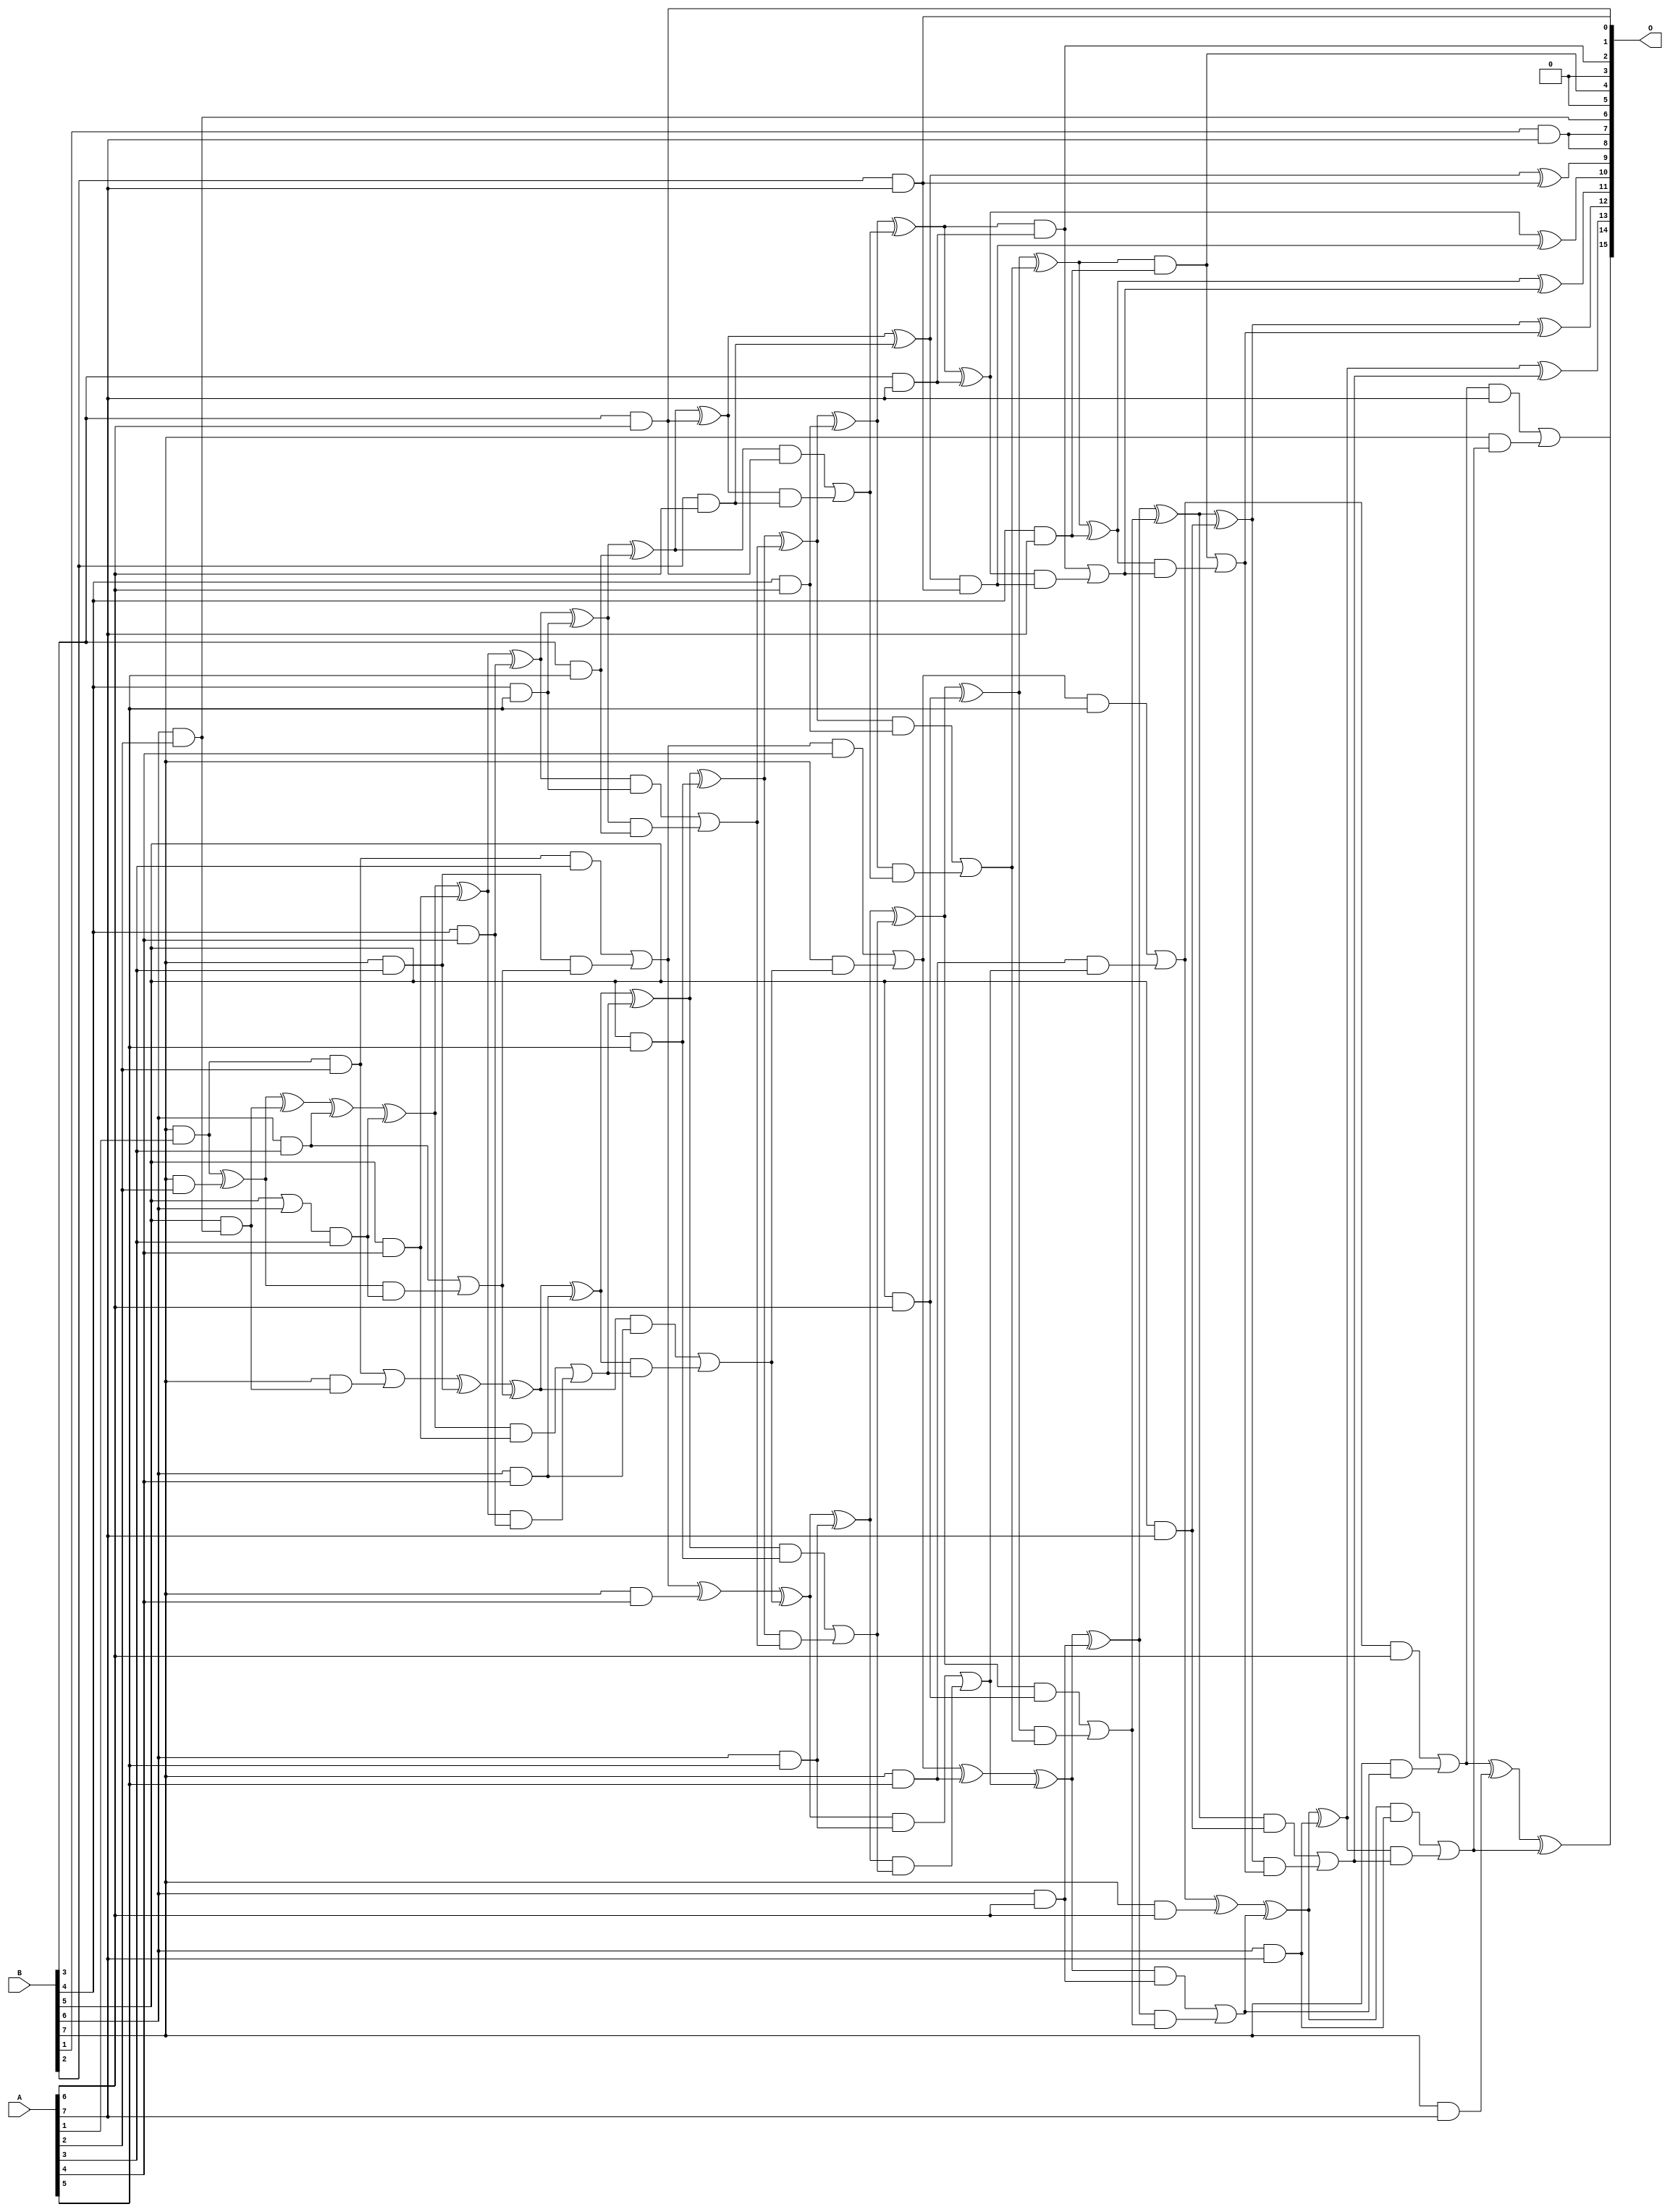
/***
* This code is a part of EvoApproxLib library (ehw.fit.vutbr.cz/approxlib) distributed under The MIT License.
* When used, please cite the following article(s): V. Mrazek, Z. Vasicek, L. Sekanina, H. Jiang and J. Han, "Scalable Construction of Approximate Multipliers With Formally Guaranteed Worst Case Error" in IEEE Transactions on Very Large Scale Integration (VLSI) Systems, vol. 26, no. 11, pp. 2572-2576, Nov. 2018. doi: 10.1109/TVLSI.2018.2856362 
* This file contains a circuit from a sub-set of pareto optimal circuits with respect to the pwr and mae parameters
***/
// MAE% = 0.0000045 %
// MAE = 195 
// WCE% = 0.000021 %
// WCE = 907 
// WCRE% = 100.00 %
// EP% = 98.71 %
// MRE% = 0.0005 %
// MSE = 58920 
// PDK45_PWR = 1.952 mW
// PDK45_AREA = 2800.8 um2
// PDK45_DELAY = 2.79 ns

module mult8_cgp14zr_wc907_rcam (
    A,
    B,
    O
);

input [7:0] A;
input [7:0] B;
output [15:0] O;

wire sig_65,sig_72,sig_73,sig_101,sig_102,sig_106,sig_107,sig_108,sig_109,sig_110,sig_116,sig_117,sig_118,sig_146,sig_148,sig_149,sig_150,sig_151,sig_152,sig_153;
wire sig_154,sig_155,sig_160,sig_161,sig_162,sig_163,sig_186,sig_187,sig_188,sig_189,sig_190,sig_191,sig_192,sig_193,sig_194,sig_195,sig_196,sig_197,sig_198,sig_199;
wire sig_200,sig_203,sig_205,sig_206,sig_207,sig_208,sig_222,sig_226,sig_227,sig_228,sig_229,sig_230,sig_231,sig_232,sig_233,sig_234,sig_235,sig_236,sig_237,sig_238;
wire sig_239,sig_240,sig_241,sig_242,sig_243,sig_244,sig_245,sig_249,sig_250,sig_251,sig_252,sig_253,sig_266,sig_267,sig_268,sig_269,sig_270,sig_271,sig_272,sig_273;
wire sig_274,sig_275,sig_276,sig_277,sig_278,sig_279,sig_280,sig_281,sig_282,sig_283,sig_284,sig_285,sig_286,sig_287,sig_288,sig_289,sig_290,sig_292,sig_293,sig_294;
wire sig_295,sig_296,sig_297,sig_298,sig_306,sig_307,sig_311,sig_312,sig_313,sig_314,sig_315,sig_316,sig_317,sig_318,sig_319,sig_320,sig_321,sig_322,sig_323,sig_324;
wire sig_325,sig_326,sig_327,sig_328,sig_329,sig_330,sig_331,sig_332,sig_333,sig_334,sig_335;

assign sig_65 = B[7] & A[1];
assign sig_72 = B[6] & A[2];
assign sig_73 = B[7] & A[2];
assign sig_101 = B[5] | B[6];
assign sig_102 = B[5] & sig_72;
assign sig_106 = sig_65 ^ sig_73;
assign sig_107 = sig_65 & A[2];
assign sig_108 = B[7] & sig_102;
assign sig_109 = sig_106 ^ sig_102;
assign sig_110 = sig_107 | sig_108;
assign sig_116 = sig_101 & A[3];
assign sig_117 = B[6] & A[3];
assign sig_118 = B[7] & A[3];
assign sig_146 = sig_109 ^ sig_117;
assign sig_148 = sig_106 & sig_116;
assign sig_149 = sig_146 ^ sig_116;
assign sig_150 = sig_117 | sig_148;
assign sig_151 = sig_110 ^ sig_118;
assign sig_152 = sig_107 & A[3];
assign sig_153 = sig_118 & sig_150;
assign sig_154 = sig_151 ^ sig_150;
assign sig_155 = sig_152 | sig_153;
assign sig_160 = B[4] & A[4];
assign sig_161 = B[5] & A[4];
assign sig_162 = B[6] & A[4];
assign sig_163 = B[7] & A[4];
assign sig_186 = sig_149 ^ sig_161;
assign sig_187 = sig_149 & sig_161;
assign sig_188 = sig_186 & sig_160;
assign sig_189 = sig_186 ^ sig_160;
assign sig_190 = sig_187 | sig_188;
assign sig_191 = sig_154 ^ sig_162;
assign sig_192 = sig_154 & sig_162;
assign sig_193 = sig_191 & sig_190;
assign sig_194 = sig_191 ^ sig_190;
assign sig_195 = sig_192 | sig_193;
assign sig_196 = sig_155 ^ sig_163;
assign sig_197 = sig_155 & A[4];
assign sig_198 = B[7] & sig_195;
assign sig_199 = sig_196 ^ sig_195;
assign sig_200 = sig_197 | sig_198;
assign sig_203 = B[2] & A[6];
assign sig_205 = B[4] & A[5];
assign sig_206 = B[5] & A[5];
assign sig_207 = B[6] & A[5];
assign sig_208 = B[7] & A[5];
assign sig_222 = B[3] & A[5];
assign sig_226 = sig_189 ^ sig_205;
assign sig_227 = sig_189 & sig_205;
assign sig_228 = sig_226 & sig_222;
assign sig_229 = sig_226 ^ sig_222;
assign sig_230 = sig_227 | sig_228;
assign sig_231 = sig_194 ^ sig_206;
assign sig_232 = sig_194 & sig_206;
assign sig_233 = sig_231 & sig_230;
assign sig_234 = sig_231 ^ sig_230;
assign sig_235 = sig_232 | sig_233;
assign sig_236 = sig_199 ^ sig_207;
assign sig_237 = sig_199 & sig_207;
assign sig_238 = sig_236 & sig_235;
assign sig_239 = sig_236 ^ sig_235;
assign sig_240 = sig_237 | sig_238;
assign sig_241 = sig_200 ^ sig_208;
assign sig_242 = sig_200 & A[5];
assign sig_243 = sig_208 & sig_240;
assign sig_244 = sig_241 ^ sig_240;
assign sig_245 = sig_242 | sig_243;
assign sig_249 = B[3] & A[6];
assign sig_250 = B[4] & A[6];
assign sig_251 = B[5] & A[6];
assign sig_252 = B[6] & A[6];
assign sig_253 = B[7] & A[6];
assign sig_266 = sig_229 ^ sig_249;
assign sig_267 = sig_229 & sig_249;
assign sig_268 = sig_266 & sig_203;
assign sig_269 = sig_266 ^ sig_203;
assign sig_270 = sig_267 | sig_268;
assign sig_271 = sig_234 ^ sig_250;
assign sig_272 = sig_234 & sig_250;
assign sig_273 = sig_271 & sig_270;
assign sig_274 = sig_271 ^ sig_270;
assign sig_275 = sig_272 | sig_273;
assign sig_276 = sig_239 ^ sig_251;
assign sig_277 = sig_239 & sig_251;
assign sig_278 = sig_276 & sig_275;
assign sig_279 = sig_276 ^ sig_275;
assign sig_280 = sig_277 | sig_278;
assign sig_281 = sig_244 ^ sig_252;
assign sig_282 = sig_244 & sig_252;
assign sig_283 = sig_281 & sig_280;
assign sig_284 = sig_281 ^ sig_280;
assign sig_285 = sig_282 | sig_283;
assign sig_286 = sig_245 ^ sig_253;
assign sig_287 = sig_245 & A[6];
assign sig_288 = B[7] & sig_285;
assign sig_289 = sig_286 ^ sig_285;
assign sig_290 = sig_287 | sig_288;
assign sig_292 = B[1] & A[7];
assign sig_293 = B[2] & A[7];
assign sig_294 = B[3] & A[7];
assign sig_295 = B[4] & A[7];
assign sig_296 = B[5] & A[7];
assign sig_297 = B[6] & A[7];
assign sig_298 = B[7] & A[7];
assign sig_306 = sig_269 ^ sig_293;
assign sig_307 = sig_269 & sig_293;
assign sig_311 = sig_274 ^ sig_294;
assign sig_312 = sig_274 & sig_294;
assign sig_313 = sig_311 & sig_307;
assign sig_314 = sig_311 ^ sig_307;
assign sig_315 = sig_312 | sig_313;
assign sig_316 = sig_279 ^ sig_295;
assign sig_317 = sig_279 & sig_295;
assign sig_318 = sig_316 & sig_315;
assign sig_319 = sig_316 ^ sig_315;
assign sig_320 = sig_317 | sig_318;
assign sig_321 = sig_284 ^ sig_296;
assign sig_322 = sig_284 & sig_296;
assign sig_323 = sig_321 & sig_320;
assign sig_324 = sig_321 ^ sig_320;
assign sig_325 = sig_322 | sig_323;
assign sig_326 = sig_289 ^ sig_297;
assign sig_327 = sig_289 & sig_297;
assign sig_328 = sig_326 & sig_325;
assign sig_329 = sig_326 ^ sig_325;
assign sig_330 = sig_327 | sig_328;
assign sig_331 = sig_290 ^ sig_298;
assign sig_332 = sig_290 & A[7];
assign sig_333 = B[7] & sig_330;
assign sig_334 = sig_331 ^ sig_330;
assign sig_335 = sig_332 | sig_333;

assign O[15] = sig_335;
assign O[14] = sig_334;
assign O[13] = sig_329;
assign O[12] = sig_324;
assign O[11] = sig_319;
assign O[10] = sig_314;
assign O[9] = sig_306;
assign O[8] = sig_292;
assign O[7] = sig_292;
assign O[6] = sig_72;
assign O[5] = 1'b0;
assign O[4] = sig_317;
assign O[3] = 1'b0;
assign O[2] = sig_312;
assign O[1] = sig_293;
assign O[0] = sig_249;

endmodule


module trun8_tam00b ( A, B, O );
  input [7:0] A;
  input [7:0] B;
  output [15:0] O;

  wire C_1_0,C_1_1,C_1_2,C_1_3,C_1_4,C_1_5,C_1_6,C_2_0,C_2_1,C_2_2,C_2_3,C_2_4,C_2_5,C_2_6,C_3_0,C_3_1,C_3_2,C_3_3,C_3_4,C_3_5,C_3_6,C_4_0,C_4_1,C_4_2,C_4_3,C_4_4,C_4_5,C_4_6,C_5_0,C_5_1,C_5_2,C_5_3,C_5_4,C_5_5,C_5_6,C_6_0,C_6_1,C_6_2,C_6_3,C_6_4,C_6_5,C_6_6,C_7_0,C_7_1,C_7_2,C_7_3,C_7_4,C_7_5,C_7_6,S_0_0,S_0_1,S_0_2,S_0_3,S_0_4,S_0_5,S_0_6,S_0_7,S_1_0,S_1_1,S_1_2,S_1_3,S_1_4,S_1_5,S_1_6,S_1_7,S_2_0,S_2_1,S_2_2,S_2_3,S_2_4,S_2_5,S_2_6,S_2_7,S_3_0,S_3_1,S_3_2,S_3_3,S_3_4,S_3_5,S_3_6,S_3_7,S_4_0,S_4_1,S_4_2,S_4_3,S_4_4,S_4_5,S_4_6,S_4_7,S_5_0,S_5_1,S_5_2,S_5_3,S_5_4,S_5_5,S_5_6,S_5_7,S_6_0,S_6_1,S_6_2,S_6_3,S_6_4,S_6_5,S_6_6,S_6_7,S_7_0,S_7_1,S_7_2,S_7_3,S_7_4,S_7_5,S_7_6,S_7_7,S_8_0,S_8_1,S_8_2,S_8_3,S_8_4,S_8_5,S_8_6,S_8_7;

  assign S_0_0 = (A[0] & B[0]);
  assign S_0_1 = (A[0] & B[1]);
  assign S_0_2 = (A[0] & B[2]);
  assign S_0_3 = (A[0] & B[3]);
  assign S_0_4 = (A[0] & B[4]);
  assign S_0_5 = (A[0] & B[5]);
  assign S_0_6 = (A[0] & B[6]);
  assign S_0_7 = (A[0] & B[7]);
  PDKGENHAX1 U13609 (.A(S_0_1), .B((A[1] & B[0])), .YS(S_1_0), .YC(C_1_0));
  PDKGENHAX1 U13610 (.A(S_0_2), .B((A[1] & B[1])), .YS(S_1_1), .YC(C_1_1));
  PDKGENHAX1 U13611 (.A(S_0_3), .B((A[1] & B[2])), .YS(S_1_2), .YC(C_1_2));
  PDKGENHAX1 U13612 (.A(S_0_4), .B((A[1] & B[3])), .YS(S_1_3), .YC(C_1_3));
  PDKGENHAX1 U13613 (.A(S_0_5), .B((A[1] & B[4])), .YS(S_1_4), .YC(C_1_4));
  PDKGENHAX1 U13614 (.A(S_0_6), .B((A[1] & B[5])), .YS(S_1_5), .YC(C_1_5));
  PDKGENHAX1 U13615 (.A(S_0_7), .B((A[1] & B[6])), .YS(S_1_6), .YC(C_1_6));
  assign S_1_7 = (A[1] & B[7]);
  PDKGENFAX1 U13617 (.A(S_1_1), .B(C_1_0), .C((A[2] & B[0])), .YS(S_2_0), .YC(C_2_0));
  PDKGENFAX1 U13618 (.A(S_1_2), .B(C_1_1), .C((A[2] & B[1])), .YS(S_2_1), .YC(C_2_1));
  PDKGENFAX1 U13619 (.A(S_1_3), .B(C_1_2), .C((A[2] & B[2])), .YS(S_2_2), .YC(C_2_2));
  PDKGENFAX1 U13620 (.A(S_1_4), .B(C_1_3), .C((A[2] & B[3])), .YS(S_2_3), .YC(C_2_3));
  PDKGENFAX1 U13621 (.A(S_1_5), .B(C_1_4), .C((A[2] & B[4])), .YS(S_2_4), .YC(C_2_4));
  PDKGENFAX1 U13622 (.A(S_1_6), .B(C_1_5), .C((A[2] & B[5])), .YS(S_2_5), .YC(C_2_5));
  PDKGENFAX1 U13623 (.A(S_1_7), .B(C_1_6), .C((A[2] & B[6])), .YS(S_2_6), .YC(C_2_6));
  assign S_2_7 = (A[2] & B[7]);
  PDKGENFAX1 U13625 (.A(S_2_1), .B(C_2_0), .C((A[3] & B[0])), .YS(S_3_0), .YC(C_3_0));
  PDKGENFAX1 U13626 (.A(S_2_2), .B(C_2_1), .C((A[3] & B[1])), .YS(S_3_1), .YC(C_3_1));
  PDKGENFAX1 U13627 (.A(S_2_3), .B(C_2_2), .C((A[3] & B[2])), .YS(S_3_2), .YC(C_3_2));
  PDKGENFAX1 U13628 (.A(S_2_4), .B(C_2_3), .C((A[3] & B[3])), .YS(S_3_3), .YC(C_3_3));
  PDKGENFAX1 U13629 (.A(S_2_5), .B(C_2_4), .C((A[3] & B[4])), .YS(S_3_4), .YC(C_3_4));
  PDKGENFAX1 U13630 (.A(S_2_6), .B(C_2_5), .C((A[3] & B[5])), .YS(S_3_5), .YC(C_3_5));
  PDKGENFAX1 U13631 (.A(S_2_7), .B(C_2_6), .C((A[3] & B[6])), .YS(S_3_6), .YC(C_3_6));
  assign S_3_7 = (A[3] & B[7]);
  PDKGENFAX1 U13633 (.A(S_3_1), .B(C_3_0), .C((A[4] & B[0])), .YS(S_4_0), .YC(C_4_0));
  PDKGENFAX1 U13634 (.A(S_3_2), .B(C_3_1), .C((A[4] & B[1])), .YS(S_4_1), .YC(C_4_1));
  PDKGENFAX1 U13635 (.A(S_3_3), .B(C_3_2), .C((A[4] & B[2])), .YS(S_4_2), .YC(C_4_2));
  PDKGENFAX1 U13636 (.A(S_3_4), .B(C_3_3), .C((A[4] & B[3])), .YS(S_4_3), .YC(C_4_3));
  PDKGENFAX1 U13637 (.A(S_3_5), .B(C_3_4), .C((A[4] & B[4])), .YS(S_4_4), .YC(C_4_4));
  PDKGENFAX1 U13638 (.A(S_3_6), .B(C_3_5), .C((A[4] & B[5])), .YS(S_4_5), .YC(C_4_5));
  PDKGENFAX1 U13639 (.A(S_3_7), .B(C_3_6), .C((A[4] & B[6])), .YS(S_4_6), .YC(C_4_6));
  assign S_4_7 = (A[4] & B[7]);
  PDKGENFAX1 U13641 (.A(S_4_1), .B(C_4_0), .C((A[5] & B[0])), .YS(S_5_0), .YC(C_5_0));
  PDKGENFAX1 U13642 (.A(S_4_2), .B(C_4_1), .C((A[5] & B[1])), .YS(S_5_1), .YC(C_5_1));
  PDKGENFAX1 U13643 (.A(S_4_3), .B(C_4_2), .C((A[5] & B[2])), .YS(S_5_2), .YC(C_5_2));
  PDKGENFAX1 U13644 (.A(S_4_4), .B(C_4_3), .C((A[5] & B[3])), .YS(S_5_3), .YC(C_5_3));
  PDKGENFAX1 U13645 (.A(S_4_5), .B(C_4_4), .C((A[5] & B[4])), .YS(S_5_4), .YC(C_5_4));
  PDKGENFAX1 U13646 (.A(S_4_6), .B(C_4_5), .C((A[5] & B[5])), .YS(S_5_5), .YC(C_5_5));
  PDKGENFAX1 U13647 (.A(S_4_7), .B(C_4_6), .C((A[5] & B[6])), .YS(S_5_6), .YC(C_5_6));
  assign S_5_7 = (A[5] & B[7]);
  PDKGENFAX1 U13649 (.A(S_5_1), .B(C_5_0), .C((A[6] & B[0])), .YS(S_6_0), .YC(C_6_0));
  PDKGENFAX1 U13650 (.A(S_5_2), .B(C_5_1), .C((A[6] & B[1])), .YS(S_6_1), .YC(C_6_1));
  PDKGENFAX1 U13651 (.A(S_5_3), .B(C_5_2), .C((A[6] & B[2])), .YS(S_6_2), .YC(C_6_2));
  PDKGENFAX1 U13652 (.A(S_5_4), .B(C_5_3), .C((A[6] & B[3])), .YS(S_6_3), .YC(C_6_3));
  PDKGENFAX1 U13653 (.A(S_5_5), .B(C_5_4), .C((A[6] & B[4])), .YS(S_6_4), .YC(C_6_4));
  PDKGENFAX1 U13654 (.A(S_5_6), .B(C_5_5), .C((A[6] & B[5])), .YS(S_6_5), .YC(C_6_5));
  PDKGENFAX1 U13655 (.A(S_5_7), .B(C_5_6), .C((A[6] & B[6])), .YS(S_6_6), .YC(C_6_6));
  assign S_6_7 = (A[6] & B[7]);
  PDKGENFAX1 U13657 (.A(S_6_1), .B(C_6_0), .C((A[7] & B[0])), .YS(S_7_0), .YC(C_7_0));
  PDKGENFAX1 U13658 (.A(S_6_2), .B(C_6_1), .C((A[7] & B[1])), .YS(S_7_1), .YC(C_7_1));
  PDKGENFAX1 U13659 (.A(S_6_3), .B(C_6_2), .C((A[7] & B[2])), .YS(S_7_2), .YC(C_7_2));
  PDKGENFAX1 U13660 (.A(S_6_4), .B(C_6_3), .C((A[7] & B[3])), .YS(S_7_3), .YC(C_7_3));
  PDKGENFAX1 U13661 (.A(S_6_5), .B(C_6_4), .C((A[7] & B[4])), .YS(S_7_4), .YC(C_7_4));
  PDKGENFAX1 U13662 (.A(S_6_6), .B(C_6_5), .C((A[7] & B[5])), .YS(S_7_5), .YC(C_7_5));
  PDKGENFAX1 U13663 (.A(S_6_7), .B(C_6_6), .C((A[7] & B[6])), .YS(S_7_6), .YC(C_7_6));
  assign S_7_7 = (A[7] & B[7]);
  assign {S_8_7, S_8_6, S_8_5, S_8_4, S_8_3, S_8_2, S_8_1, S_8_0} = {C_7_6, C_7_5, C_7_4, C_7_3, C_7_2, C_7_1, C_7_0} + {S_7_7, S_7_6, S_7_5, S_7_4, S_7_3, S_7_2, S_7_1};
  assign O = {S_8_7,S_8_6,S_8_5,S_8_4,S_8_3,S_8_2,S_8_1,S_8_0,S_7_0,S_6_0,S_5_0,S_4_0,S_3_0,S_2_0,S_1_0,S_0_0};

endmodule


module mul8_364(A, B, O);
  input [7:0] A;
  input [7:0] B;
  output [15:0] O;
  wire [2031:0] N;

  assign N[0] = A[0];
  assign N[1] = A[0];
  assign N[2] = A[1];
  assign N[3] = A[1];
  assign N[4] = A[2];
  assign N[5] = A[2];
  assign N[6] = A[3];
  assign N[7] = A[3];
  assign N[8] = A[4];
  assign N[9] = A[4];
  assign N[10] = A[5];
  assign N[11] = A[5];
  assign N[12] = A[6];
  assign N[13] = A[6];
  assign N[14] = A[7];
  assign N[15] = A[7];
  assign N[16] = B[0];
  assign N[17] = B[0];
  assign N[18] = B[1];
  assign N[19] = B[1];
  assign N[20] = B[2];
  assign N[21] = B[2];
  assign N[22] = B[3];
  assign N[23] = B[3];
  assign N[24] = B[4];
  assign N[25] = B[4];
  assign N[26] = B[5];
  assign N[27] = B[5];
  assign N[28] = B[6];
  assign N[29] = B[6];
  assign N[30] = B[7];
  assign N[31] = B[7];

  PDKGENAND2X1 n32(.A(N[0]), .B(N[16]), .Y(N[32]));
  PDKGENAND2X1 n48(.A(N[2]), .B(N[16]), .Y(N[48]));
  PDKGENAND2X1 n64(.A(N[4]), .B(N[16]), .Y(N[64]));
  PDKGENAND2X1 n82(.A(N[6]), .B(N[16]), .Y(N[82]));
  PDKGENAND2X1 n98(.A(N[8]), .B(N[16]), .Y(N[98]));
  PDKGENAND2X1 n114(.A(N[10]), .B(N[16]), .Y(N[114]));
  PDKGENAND2X1 n132(.A(N[12]), .B(N[16]), .Y(N[132]));
  PDKGENAND2X1 n148(.A(N[14]), .B(N[16]), .Y(N[148]));
  assign N[149] = N[148];
  PDKGENAND2X1 n164(.A(N[0]), .B(N[18]), .Y(N[164]));
  PDKGENBUFX2 n166(.A(N[149]), .Y(N[166]));
  assign N[167] = N[166];
  PDKGENAND2X1 n182(.A(N[2]), .B(N[18]), .Y(N[182]));
  PDKGENAND2X1 n198(.A(N[4]), .B(N[18]), .Y(N[198]));
  PDKGENAND2X1 n214(.A(N[6]), .B(N[18]), .Y(N[214]));
  PDKGENAND2X1 n232(.A(N[8]), .B(N[18]), .Y(N[232]));
  PDKGENAND2X1 n248(.A(N[10]), .B(N[18]), .Y(N[248]));
  PDKGENAND2X1 n264(.A(N[12]), .B(N[18]), .Y(N[264]));
  PDKGENAND2X1 n282(.A(N[14]), .B(N[18]), .Y(N[282]));
  PDKGENHAX1 n298(.A(N[48]), .B(N[164]), .YS(N[298]), .YC(N[299]));
  PDKGENHAX1 n314(.A(N[64]), .B(N[182]), .YS(N[314]), .YC(N[315]));
  PDKGENHAX1 n332(.A(N[82]), .B(N[198]), .YS(N[332]), .YC(N[333]));
  PDKGENHAX1 n348(.A(N[98]), .B(N[214]), .YS(N[348]), .YC(N[349]));
  PDKGENHAX1 n364(.A(N[114]), .B(N[232]), .YS(N[364]), .YC(N[365]));
  PDKGENHAX1 n382(.A(N[132]), .B(N[248]), .YS(N[382]), .YC(N[383]));
  PDKGENHAX1 n398(.A(N[167]), .B(N[264]), .YS(N[398]), .YC(N[399]));
  PDKGENAND2X1 n414(.A(N[0]), .B(N[20]), .Y(N[414]));
  PDKGENAND2X1 n432(.A(N[2]), .B(N[20]), .Y(N[432]));
  PDKGENAND2X1 n448(.A(N[4]), .B(N[20]), .Y(N[448]));
  PDKGENAND2X1 n464(.A(N[6]), .B(N[20]), .Y(N[464]));
  PDKGENAND2X1 n482(.A(N[8]), .B(N[20]), .Y(N[482]));
  PDKGENAND2X1 n498(.A(N[10]), .B(N[20]), .Y(N[498]));
  PDKGENAND2X1 n514(.A(N[12]), .B(N[20]), .Y(N[514]));
  PDKGENAND2X1 n532(.A(N[14]), .B(N[20]), .Y(N[532]));
  PDKGENFAX1 n548(.A(N[314]), .B(N[414]), .C(N[299]), .YS(N[548]), .YC(N[549]));
  PDKGENFAX1 n564(.A(N[332]), .B(N[432]), .C(N[315]), .YS(N[564]), .YC(N[565]));
  PDKGENFAX1 n582(.A(N[348]), .B(N[448]), .C(N[333]), .YS(N[582]), .YC(N[583]));
  PDKGENFAX1 n598(.A(N[364]), .B(N[464]), .C(N[349]), .YS(N[598]), .YC(N[599]));
  PDKGENFAX1 n614(.A(N[382]), .B(N[482]), .C(N[365]), .YS(N[614]), .YC(N[615]));
  PDKGENFAX1 n632(.A(N[398]), .B(N[498]), .C(N[383]), .YS(N[632]), .YC(N[633]));
  PDKGENFAX1 n648(.A(N[282]), .B(N[514]), .C(N[399]), .YS(N[648]), .YC(N[649]));
  PDKGENAND2X1 n664(.A(N[0]), .B(N[22]), .Y(N[664]));
  PDKGENAND2X1 n682(.A(N[2]), .B(N[22]), .Y(N[682]));
  PDKGENAND2X1 n698(.A(N[4]), .B(N[22]), .Y(N[698]));
  PDKGENAND2X1 n714(.A(N[6]), .B(N[22]), .Y(N[714]));
  PDKGENAND2X1 n732(.A(N[8]), .B(N[22]), .Y(N[732]));
  PDKGENAND2X1 n748(.A(N[10]), .B(N[22]), .Y(N[748]));
  PDKGENAND2X1 n764(.A(N[12]), .B(N[22]), .Y(N[764]));
  PDKGENAND2X1 n782(.A(N[14]), .B(N[22]), .Y(N[782]));
  PDKGENFAX1 n798(.A(N[564]), .B(N[664]), .C(N[549]), .YS(N[798]), .YC(N[799]));
  PDKGENFAX1 n814(.A(N[582]), .B(N[682]), .C(N[565]), .YS(N[814]), .YC(N[815]));
  PDKGENFAX1 n832(.A(N[598]), .B(N[698]), .C(N[583]), .YS(N[832]), .YC(N[833]));
  PDKGENFAX1 n848(.A(N[614]), .B(N[714]), .C(N[599]), .YS(N[848]), .YC(N[849]));
  PDKGENFAX1 n864(.A(N[632]), .B(N[732]), .C(N[615]), .YS(N[864]), .YC(N[865]));
  PDKGENFAX1 n882(.A(N[648]), .B(N[748]), .C(N[633]), .YS(N[882]), .YC(N[883]));
  PDKGENFAX1 n898(.A(N[532]), .B(N[764]), .C(N[649]), .YS(N[898]), .YC(N[899]));
  PDKGENAND2X1 n914(.A(N[0]), .B(N[24]), .Y(N[914]));
  PDKGENAND2X1 n932(.A(N[2]), .B(N[24]), .Y(N[932]));
  PDKGENAND2X1 n948(.A(N[4]), .B(N[24]), .Y(N[948]));
  PDKGENAND2X1 n964(.A(N[6]), .B(N[24]), .Y(N[964]));
  PDKGENAND2X1 n982(.A(N[8]), .B(N[24]), .Y(N[982]));
  PDKGENAND2X1 n998(.A(N[10]), .B(N[24]), .Y(N[998]));
  PDKGENAND2X1 n1014(.A(N[12]), .B(N[24]), .Y(N[1014]));
  PDKGENAND2X1 n1032(.A(N[14]), .B(N[24]), .Y(N[1032]));
  PDKGENFAX1 n1048(.A(N[814]), .B(N[914]), .C(N[799]), .YS(N[1048]), .YC(N[1049]));
  PDKGENFAX1 n1064(.A(N[832]), .B(N[932]), .C(N[815]), .YS(N[1064]), .YC(N[1065]));
  PDKGENFAX1 n1082(.A(N[848]), .B(N[948]), .C(N[833]), .YS(N[1082]), .YC(N[1083]));
  PDKGENFAX1 n1098(.A(N[864]), .B(N[964]), .C(N[849]), .YS(N[1098]), .YC(N[1099]));
  PDKGENFAX1 n1114(.A(N[882]), .B(N[982]), .C(N[865]), .YS(N[1114]), .YC(N[1115]));
  PDKGENFAX1 n1132(.A(N[898]), .B(N[998]), .C(N[883]), .YS(N[1132]), .YC(N[1133]));
  PDKGENFAX1 n1148(.A(N[782]), .B(N[1014]), .C(N[899]), .YS(N[1148]), .YC(N[1149]));
  PDKGENAND2X1 n1164(.A(N[0]), .B(N[26]), .Y(N[1164]));
  PDKGENAND2X1 n1182(.A(N[2]), .B(N[26]), .Y(N[1182]));
  PDKGENAND2X1 n1198(.A(N[4]), .B(N[26]), .Y(N[1198]));
  PDKGENAND2X1 n1214(.A(N[6]), .B(N[26]), .Y(N[1214]));
  PDKGENAND2X1 n1232(.A(N[8]), .B(N[26]), .Y(N[1232]));
  PDKGENAND2X1 n1248(.A(N[10]), .B(N[26]), .Y(N[1248]));
  PDKGENAND2X1 n1264(.A(N[12]), .B(N[26]), .Y(N[1264]));
  PDKGENAND2X1 n1282(.A(N[14]), .B(N[26]), .Y(N[1282]));
  PDKGENFAX1 n1298(.A(N[1064]), .B(N[1164]), .C(N[1049]), .YS(N[1298]), .YC(N[1299]));
  PDKGENFAX1 n1314(.A(N[1082]), .B(N[1182]), .C(N[1065]), .YS(N[1314]), .YC(N[1315]));
  PDKGENFAX1 n1332(.A(N[1098]), .B(N[1198]), .C(N[1083]), .YS(N[1332]), .YC(N[1333]));
  PDKGENFAX1 n1348(.A(N[1114]), .B(N[1214]), .C(N[1099]), .YS(N[1348]), .YC(N[1349]));
  PDKGENFAX1 n1364(.A(N[1132]), .B(N[1232]), .C(N[1115]), .YS(N[1364]), .YC(N[1365]));
  PDKGENFAX1 n1382(.A(N[1148]), .B(N[1248]), .C(N[1133]), .YS(N[1382]), .YC(N[1383]));
  PDKGENFAX1 n1398(.A(N[1032]), .B(N[1264]), .C(N[1149]), .YS(N[1398]), .YC(N[1399]));
  PDKGENAND2X1 n1414(.A(N[0]), .B(N[28]), .Y(N[1414]));
  PDKGENAND2X1 n1432(.A(N[2]), .B(N[28]), .Y(N[1432]));
  PDKGENAND2X1 n1448(.A(N[4]), .B(N[28]), .Y(N[1448]));
  PDKGENAND2X1 n1464(.A(N[6]), .B(N[28]), .Y(N[1464]));
  PDKGENAND2X1 n1482(.A(N[8]), .B(N[28]), .Y(N[1482]));
  PDKGENAND2X1 n1498(.A(N[10]), .B(N[28]), .Y(N[1498]));
  PDKGENAND2X1 n1514(.A(N[12]), .B(N[28]), .Y(N[1514]));
  PDKGENAND2X1 n1532(.A(N[14]), .B(N[28]), .Y(N[1532]));
  PDKGENFAX1 n1548(.A(N[1314]), .B(N[1414]), .C(N[1299]), .YS(N[1548]), .YC(N[1549]));
  PDKGENFAX1 n1564(.A(N[1332]), .B(N[1432]), .C(N[1315]), .YS(N[1564]), .YC(N[1565]));
  PDKGENFAX1 n1582(.A(N[1348]), .B(N[1448]), .C(N[1333]), .YS(N[1582]), .YC(N[1583]));
  PDKGENFAX1 n1598(.A(N[1364]), .B(N[1464]), .C(N[1349]), .YS(N[1598]), .YC(N[1599]));
  PDKGENFAX1 n1614(.A(N[1382]), .B(N[1482]), .C(N[1365]), .YS(N[1614]), .YC(N[1615]));
  PDKGENFAX1 n1632(.A(N[1398]), .B(N[1498]), .C(N[1383]), .YS(N[1632]), .YC(N[1633]));
  PDKGENFAX1 n1648(.A(N[1282]), .B(N[1514]), .C(N[1399]), .YS(N[1648]), .YC(N[1649]));
  PDKGENAND2X1 n1664(.A(N[0]), .B(N[30]), .Y(N[1664]));
  PDKGENAND2X1 n1682(.A(N[2]), .B(N[30]), .Y(N[1682]));
  PDKGENAND2X1 n1698(.A(N[4]), .B(N[30]), .Y(N[1698]));
  PDKGENAND2X1 n1714(.A(N[6]), .B(N[30]), .Y(N[1714]));
  PDKGENAND2X1 n1732(.A(N[8]), .B(N[30]), .Y(N[1732]));
  PDKGENAND2X1 n1748(.A(N[10]), .B(N[30]), .Y(N[1748]));
  PDKGENAND2X1 n1764(.A(N[12]), .B(N[30]), .Y(N[1764]));
  PDKGENAND2X1 n1782(.A(N[14]), .B(N[30]), .Y(N[1782]));
  PDKGENFAX1 n1798(.A(N[1564]), .B(N[1664]), .C(N[1549]), .YS(N[1798]), .YC(N[1799]));
  PDKGENFAX1 n1814(.A(N[1582]), .B(N[1682]), .C(N[1565]), .YS(N[1814]), .YC(N[1815]));
  PDKGENFAX1 n1832(.A(N[1598]), .B(N[1698]), .C(N[1583]), .YS(N[1832]), .YC(N[1833]));
  PDKGENFAX1 n1848(.A(N[1614]), .B(N[1714]), .C(N[1599]), .YS(N[1848]), .YC(N[1849]));
  PDKGENFAX1 n1864(.A(N[1632]), .B(N[1732]), .C(N[1615]), .YS(N[1864]), .YC(N[1865]));
  PDKGENFAX1 n1882(.A(N[1648]), .B(N[1748]), .C(N[1633]), .YS(N[1882]), .YC(N[1883]));
  PDKGENFAX1 n1898(.A(N[1532]), .B(N[1764]), .C(N[1649]), .YS(N[1898]), .YC(N[1899]));
  PDKGENHAX1 n1914(.A(N[1814]), .B(N[1799]), .YS(N[1914]), .YC(N[1915]));
  PDKGENFAX1 n1932(.A(N[1832]), .B(N[1815]), .C(N[1915]), .YS(N[1932]), .YC(N[1933]));
  PDKGENFAX1 n1948(.A(N[1848]), .B(N[1833]), .C(N[1933]), .YS(N[1948]), .YC(N[1949]));
  PDKGENFAX1 n1964(.A(N[1864]), .B(N[1849]), .C(N[1949]), .YS(N[1964]), .YC(N[1965]));
  PDKGENFAX1 n1982(.A(N[1882]), .B(N[1865]), .C(N[1965]), .YS(N[1982]), .YC(N[1983]));
  PDKGENFAX1 n1998(.A(N[1898]), .B(N[1883]), .C(N[1983]), .YS(N[1998]), .YC(N[1999]));
  PDKGENFAX1 n2014(.A(N[1782]), .B(N[1899]), .C(N[1999]), .YS(N[2014]), .YC(N[2015]));

  assign O[0] = N[32];
  assign O[1] = N[298];
  assign O[2] = N[548];
  assign O[3] = N[798];
  assign O[4] = N[1048];
  assign O[5] = N[1298];
  assign O[6] = N[1548];
  assign O[7] = N[1798];
  assign O[8] = N[1914];
  assign O[9] = N[1932];
  assign O[10] = N[1948];
  assign O[11] = N[1964];
  assign O[12] = N[1982];
  assign O[13] = N[1998];
  assign O[14] = N[2014];
  assign O[15] = N[2015];

endmodule

module CLA32bit(a,b,c_in,sum,c_out);

input [31:0]a,b;
input c_in;
output [31:0]sum;
output c_out;

wire [31:0] sum_out,  p,  g;
wire [7:0] PPP, GGG;
wire [8:0] CC;

assign p[31:0] = a[31:0] ^ b[31:0];
assign g[31:0] = a[31:0] & b[31:0];

assign PPP[0]= p [3] & p [2] & p [1] & p [0];
assign PPP[1]= p [7] & p [6] & p [5] & p [4];
assign PPP[2]= p[11] & p[10] & p [9] & p [8];
assign PPP[3]= p[15] & p[14] & p[13] & p[12];
assign PPP[4]= p[19] & p[18] & p[17] & p[16];
assign PPP[5]= p[23] & p[22] & p[21] & p[20];
assign PPP[6]= p[27] & p[26] & p[25] & p[24];
assign PPP[7]= p[31] & p[30] & p[29] & p[28];

assign GGG[0]= g[3]  | (p [3] & g [2])  | (p [3] & p [2] & g [1])  | (p [3] & p [2] & p [1] & g [0]) ;
assign GGG[1]= g[7]  | (p [7] & g [6])  | (p [7] & p [6] & g [5])  | (p [7] & p [6] & p [5] & g [4]);
assign GGG[2]= g[11] | (p[11] & g[10])  | (p[11] & p[10] & g [9])  | (p[11] & p[10] & p [9] & g [8]);
assign GGG[3]= g[15] | (p[15] & g[14])  | (p[15] & p[14] & g[13])  | (p[15] & p[14] & p[13] & g[12]);
assign GGG[4]= g[19] | (p[19] & g[18])  | (p[19] & p[18] & g[17])  | (p[19] & p[18] & p[17] & g[16]);
assign GGG[5]= g[23] | (p[23] & g[22])  | (p[23] & p[22] & g[21])  | (p[23] & p[22] & p[21] & g[20]);
assign GGG[6]= g[27] | (p[27] & g[26])  | (p[27] & p[26] & g[25])  | (p[27] & p[26] & p[25] & g[24]);
assign GGG[7]= g[31] | (p[31] & g[30])  | (p[31] & p[30] & g[29])  | (p[31] & p[30] & p[29] & g[28]);
assign CC[0] = c_in;
assign CC[1] = GGG[0]  |  PPP[0]&  CC[0];
assign CC[2] = GGG[1]  |  PPP[1]&GGG[0]  |  PPP[1]&PPP[0]&  CC[0];
assign CC[3] = GGG[2]  |  PPP[2]&GGG[1]  |  PPP[2]&PPP[1]&GGG[0]  |  PPP[2]&PPP[1]&PPP[0]&  CC[0];
assign CC[4] = GGG[3]  |  PPP[3]&GGG[2]  |  PPP[3]&PPP[2]&GGG[1]  |  PPP[3]&PPP[2]&PPP[1]&GGG[0]  |  PPP[3]&PPP[2]&PPP[1]&PPP[0]&  CC[0];
assign CC[5] = GGG[4]  |  PPP[4]&GGG[3]  |  PPP[4]&PPP[3]&GGG[2]  |  PPP[4]&PPP[3]&PPP[2]&GGG[1]  |  PPP[4]&PPP[3]&PPP[2]&PPP[1]&GGG[0] |  PPP[4]&PPP[3]&PPP[2]&PPP[1]&PPP[0]&  CC[0];
assign CC[6] = GGG[5]  |  PPP[5]&GGG[4]  |  PPP[5]&PPP[4]&GGG[3]  |  PPP[5]&PPP[4]&PPP[3]&GGG[2]  |  PPP[5]&PPP[4]&PPP[3]&PPP[2]&GGG[1] |  PPP[5]&PPP[4]&PPP[3]&PPP[2]&PPP[1]&GGG[0] |  PPP[5]&PPP[4]&PPP[3]&PPP[2]&PPP[1]&PPP[0]& CC[0];
assign CC[7] = GGG[6]  | PPP[6]&GGG[5]  |  PPP[6]&PPP[5]&GGG[4]  |  PPP[6]&PPP[5]&PPP[4]&GGG[3]  |  PPP[6]&PPP[5]&PPP[4]&PPP[3]&GGG[2]  |  PPP[6]&PPP[5]&PPP[4]&PPP[3]&PPP[2]&GGG[1] |  PPP[6]&PPP[5]&PPP[4]&PPP[3]&PPP[2]&PPP[1]&GGG[0] |  PPP[6]&PPP[5]&PPP[4]&PPP[3]&PPP[2]&PPP[1]&PPP[0] & CC[0];
assign CC[8] = GGG[7] | PPP[7]&GGG[6]  | PPP[7]&PPP[6]&GGG[5]  |  PPP[7]&PPP[6]&PPP[5]&GGG[4]  |  PPP[7]&PPP[6]&PPP[5]&PPP[4]&GGG[3]  |  PPP[7]&PPP[6]&PPP[5]&PPP[4]&PPP[3]&GGG[2]  |  PPP[7]&PPP[6]&PPP[5]&PPP[4]&PPP[3]&PPP[2]&GGG[1] |  PPP[7]&PPP[6]&PPP[5]&PPP[4]&PPP[3]&PPP[2]&PPP[1]&GGG[0] |  PPP[7]&PPP[6]&PPP[5]&PPP[4]&PPP[3]&PPP[2]&PPP[1]&PPP[0] & CC[0];
cla_4bit cla4bit1(.aa(a  [3:0]),  .bb(b  [3:0]),  .cin(CC[0]),   .pp(p  [3:0]),  .gg(g  [3:0]),   .summ(sum  [3:0]));
cla_4bit cla4bit2(.aa(a  [7:4]),  .bb(b  [7:4]),  .cin(CC[1]),   .pp(p  [7:4]),  .gg(g  [7:4]),   .summ(sum  [7:4]));
cla_4bit cla4bit3(.aa(a [11:8]),  .bb(b [11:8]),  .cin(CC[2]),   .pp(p [11:8]),  .gg(g [11:8]),   .summ(sum [11:8]));
cla_4bit cla4bit4(.aa(a[15:12]),  .bb(b[15:12]),  .cin(CC[3]),   .pp(p[15:12]),  .gg(g[15:12]),   .summ(sum[15:12]));
cla_4bit cla4bit5(.aa(a[19:16]),  .bb(b[19:16]),  .cin(CC[4]),   .pp(p[19:16]),  .gg(g[19:16]),   .summ(sum[19:16]));
cla_4bit cla4bit6(.aa(a[23:20]),  .bb(b[23:20]),  .cin(CC[5]),   .pp(p[23:20]),  .gg(g[23:20]),   .summ(sum[23:20]));
cla_4bit cla4bit7(.aa(a[27:24]),  .bb(b[27:24]),  .cin(CC[6]),   .pp(p[27:24]),  .gg(g[27:24]),   .summ(sum[27:24]));
cla_4bit cla4bit8(.aa(a[31:28]),  .bb(b[31:28]),  .cin(CC[7]),   .pp(p[31:28]),  .gg(g[31:28]),   .summ(sum[31:28]));

assign c_out=CC[8];

endmodule
module cla_4bit(aa,bb,cin,summ,pp,gg);
input  [3:0] aa,bb,pp,gg;  
input cin;
output [3:0] summ;

wire [3:0] c;

   assign c[0] = cin;
   assign c[1] = gg[0] | (pp[0] & c[0]);
   assign c[2] = gg[1] | (pp[1] & gg[0]) | (pp[1] & pp[0] & c[0]);
   assign c[3] = gg[2] | (pp[2] & gg[1]) | (pp[2] & pp[1] & gg[0])| (pp[2] & pp[1] & pp[0] & c[0]);

   assign summ[3:0] = pp[3:0]  ^  c[3:0];
endmodule

`timescale 1ns/100ps
module mul16u_DAE ( input[15:0] A,
                   input[15:0] B,
                   output [31:0] O
                 );

wire [15:0] ll,lh,hl,hh;
wire [31:0] llhhlh_sum;
wire [31:0] shifted_llhh, shifted_lh, shifted_hl;

localparam MAX1 = 15;
localparam MIN1 = 8;

localparam MAX2 = 7;
localparam MIN2 = 0;

mult8_cgp14zr_wc907_rcam LxL (.A(A[MAX2:MIN2]), .B(B[MAX2:MIN2]), .O(ll));
mul8_364 HxL (.A(A[MAX1:MIN1]), .B(B[MAX2:MIN2]), .O(hl));
trun8_tam00b LxH (.A(A[MAX2:MIN2]), .B(B[MAX1:MIN1]), .O(lh));
trun8_tam00b HxH (.A(A[MAX1:MIN1]), .B(B[MAX1:MIN1]), .O(hh));

assign shifted_llhh = { hh, ll }; 
assign shifted_lh = { {8{1'b0}}, lh, {8{1'b0}}}; 
assign shifted_hl = { {8{1'b0}}, hl, {8{1'b0}}};
CLA32bit LLHHLH (.a(shifted_llhh), .b(shifted_lh), .c_in(1'b0), .sum(llhhlh_sum), .c_out());
CLA32bit SUMO (.a(llhhlh_sum), .b(shifted_hl), .c_in(1'b0), .sum(O), .c_out());

endmodule


/* mod */
module PDKGENFAX1( input A, input B, input C, output YS, output YC );
    assign YS = (A ^ B) ^ C;
    assign YC = (A & B) | (B & C) | (A & C);
endmodule
/* mod */
module PDKGENAND2X1(input A, input B, output Y );
     assign Y = A & B;
endmodule
/* mod */
module PDKGENHAX1( input A, input B, output YS, output YC );
    assign YS = A ^ B;
    assign YC = A & B;
endmodule
/* mod */
module PDKGENBUFX2(input A, output Y );
     assign Y = A;
endmodule